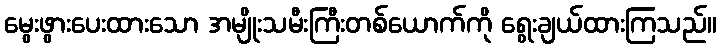
မွေးဖွားပေးထားသော အမျိုးသမီးကြီးတစ်ယောက်ကို ရွေးချယ်ထားကြသည်။